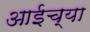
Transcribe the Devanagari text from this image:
आईच्‍या